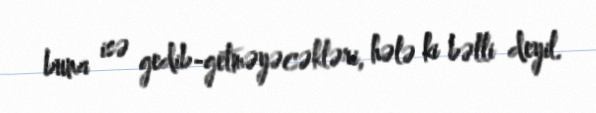
buna isə gedib-getməyəcəkləri, hələ ki bəlli deyil.